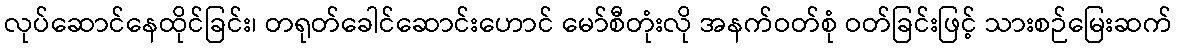
လုပ်ဆောင်နေထိုင်ခြင်း၊ တရုတ်ခေါင်ဆောင်းဟောင် မော်စီတုံးလို အနက်ဝတ်စုံ ဝတ်ခြင်းဖြင့် သားစဉ်မြေးဆက်